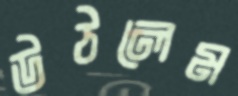
উঠলেম